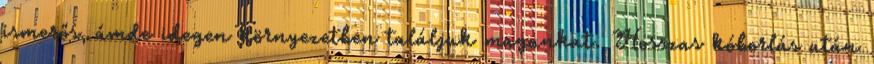
ismerős, ámde idegen környezetben találjuk magunkat. Hosszas kóborlás után